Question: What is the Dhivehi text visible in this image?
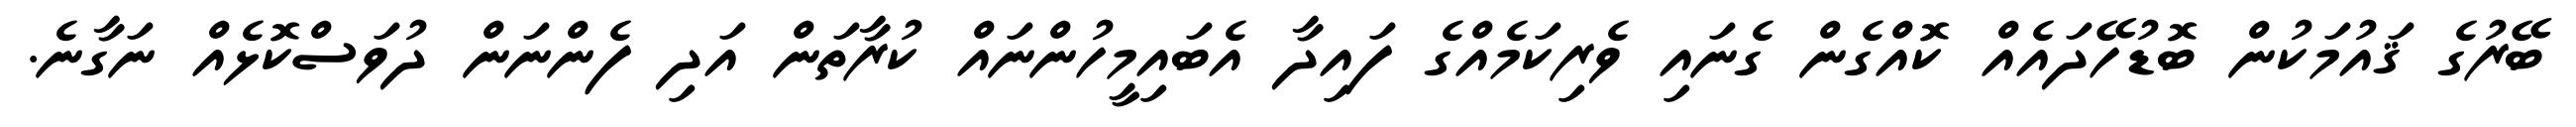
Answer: ބޭރުގެ ޤައުމަކުން ބޮޑުހޭދައެއް ކޮއްގެން ގެނައި ވެރިކަމެއްގެ ފައިދާ އެބައިމީހުންނައް ކުރާތަން އަދި ފެންނަން ދުވަސްކޮޅެއް ނަގާނެ.